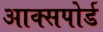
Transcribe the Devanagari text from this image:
आक्सपोर्ड